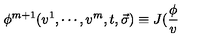
\phi ^ { m + 1 } ( v ^ { 1 } , \cdots , v ^ { m } , t , \vec { \sigma } ) \equiv J ( \frac \phi v